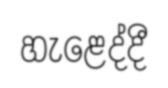
හැළෙද්දී